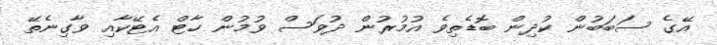
އޭގެ ސަބަބުން ކުދިން ބޮޑެތިވެ އުމުރުން ދުވަސް ވުމުން ހާޓް އެޓޭކާއި ވާގިނެތޭ